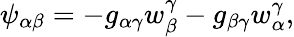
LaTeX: \psi_{\alpha\beta}=-g_{\alpha\gamma}w_{\beta}^{\gamma}-g_{\beta\gamma}w_{\alpha}^{\gamma},